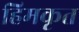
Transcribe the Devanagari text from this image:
हिमकृत